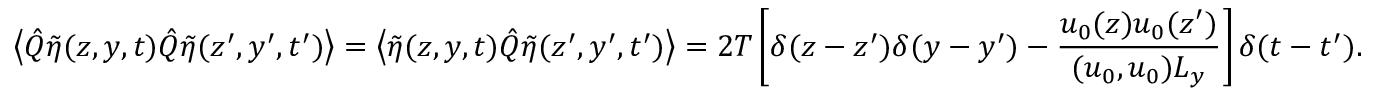
\left\langle \hat { Q } \tilde { \eta } ( z , y , t ) \hat { Q } \tilde { \eta } ( z ^ { \prime } , y ^ { \prime } , t ^ { \prime } ) \right\rangle = \left\langle \tilde { \eta } ( z , y , t ) \hat { Q } \tilde { \eta } ( z ^ { \prime } , y ^ { \prime } , t ^ { \prime } ) \right\rangle = 2 T \left[ \delta ( z - z ^ { \prime } ) \delta ( y - y ^ { \prime } ) - \frac { u _ { 0 } ( z ) u _ { 0 } ( z ^ { \prime } ) } { ( u _ { 0 } , u _ { 0 } ) L _ { y } } \right] \delta ( t - t ^ { \prime } ) .